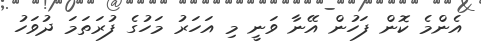
އެންމެ ކޮން ފަހުން އޭނާ ވަނީ މި އަހަރު މަހުގެ ފުރަތަމަ ދުވަހު